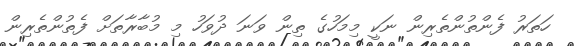
ހަތަރު ފެންތުންތެރިން ނަކީ މިމަހުގެ ތިން ވަނަ ދުވަހު މި މުބާރާތަށް ފެތުންތެރިން